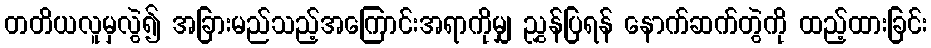
တတိယလူမှလွဲ၍ အခြားမည်သည့်အကြောင်းအရာကိုမျှ ညွှန်ပြရန် နောက်ဆက်တွဲကို ထည့်ထားခြင်း